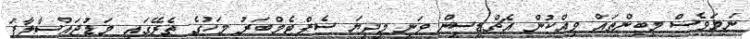
ނަމަވެސް މިބިންތައް ވިއްކުން އެޗްޑީސީން ވަނީ މިދިޔަ ސެޕްޓެމްބަރު މަހުގެ ތެރޭގައި މަޑުޖައްސާލާފަ